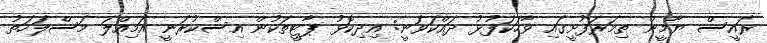
ރައީސް ޔާމީން ތިމަރަފުށީގައި ވާހަކަފުޅު ދައްކަވަނީ: އިދިކޮޅު ޕާޓީތަކުން އިސްކުރަނީ އަމިއްލަ މަސްލަހަތު